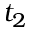
t _ { 2 }